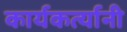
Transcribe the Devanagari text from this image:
कार्यकर्त्‍यानी